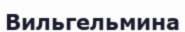
Вильгельмина